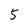
Character: 5